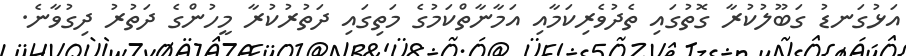
އަޅުގަނޑު ގަބޫލުކުރާ ގޮތުގައި ތެދުވެރިކަމާއި އަމާނާތްކަމުގެ މަތިގައި ދަތުރުކުރާ މީހުންގެ ދަތުރު ދިގުވާނެ.